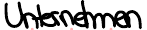
Unternehmen